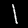
Label: 1